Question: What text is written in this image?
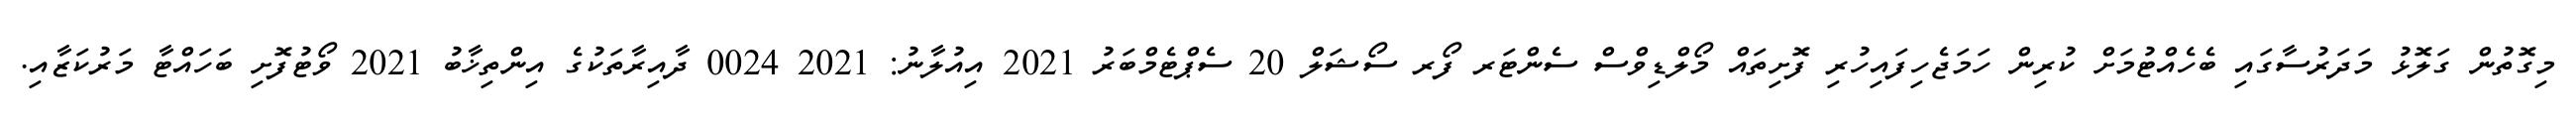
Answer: މިގޮތުން ގަލޮޅު މަދަރުސާގައި ބެހެއްޓުމަށް ކުރިން ހަމަޖެހިފައިހުރި ފޮށިތައް މޯލްޑިވްސް ސެންޓަރ ފޯރ ސޯޝަލް 20 ސެޕްޓެމްބަރު 2021 އިއުލާނު: 2021 0024 ދާއިރާތަކުގެ އިންތިޚާބު 2021 ވޯޓުފޮށި ބަހައްޓާ މަރުކަޒާއި.